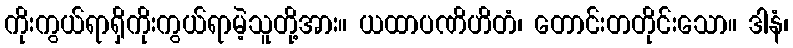
ကိုးကွယ်ရာရှိကိုးကွယ်ရာမဲ့သူတို့အား။ ယထာပဏိဟိတံ၊ တောင်းတတိုင်းသော။ ဒါနံ၊